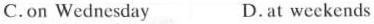
C.on Wednesday D.at weekends